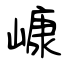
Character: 嵻